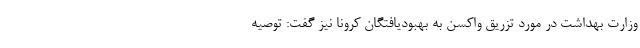
وزارت بهداشت در مورد تزریق واکسن به بهبودیافتگان کرونا نیز گفت: توصیه